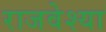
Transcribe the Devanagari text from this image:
राजवेश्या